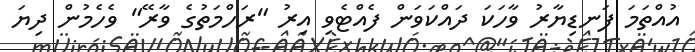
އުއްތަމަ ފަނޑިޔާރު ވާހަކަ ދައްކަވަން ފެއްޓެވި އިރު "ރަހްމަތުގެ ވާރޭ" ވެހެމުން ދިޔަ